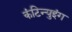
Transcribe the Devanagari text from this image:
कंटिन्युइंग